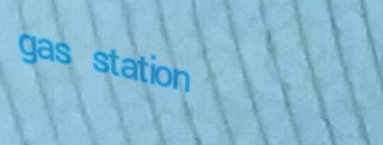
gas station